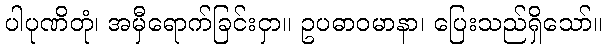
ပါပုဏိတုံ၊ အမှီရောက်ခြင်းငှာ။ ဥပဓာဝမာနာ၊ ပြေးသည်ရှိသော်။